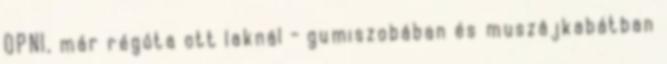
OPNI, már régóta ott laknál - gumiszobában és muszájkabátban